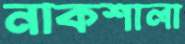
নাকশালা